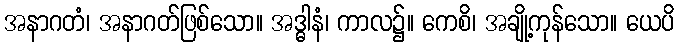
အနာဂတံ၊ အနာဂတ်ဖြစ်သော။ အဒ္ဓါနံ၊ ကာလ၌။ ကေစိ၊ အချို့ကုန်သော။ ယေပိ